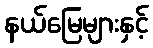
နယ်မြေများနှင့်